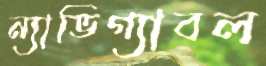
ন্যাভিগ্যাবল